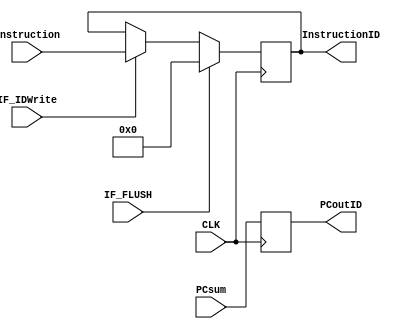
`timescale 1ns / 1ps
//////////////////////////////////////////////////////////////////////////////////
// Company: 
// 
// Design Name: 
// Module Name:     IF/ID Register
// Project Name: 

// Revision: 
// Revision 0.01 - File Created
// Additional Comments: 
//////////////////////////////////////IF_ID REGISTER//////////////////////////////////////////////
module MIPS_IF_ID(
	input   CLK,			//INPUT CLOCK
	input 	[31:0] PCsum,		//PC + 4 INPUT from Adder
	input 	[31:0] Instruction,	//Instruction from Instruction Memory
	input 	IF_FLUSH,		//Instruction FLush signal
	input 	IF_IDWrite,		// IF/ID Write Signal
	output	reg [31:0] PCoutID,	//PC+4 OUT
	output	reg [31:0] InstructionID	//Instruction OUT
);
	//At ClockEdge Write the contents to IF/ID Register
	always @(posedge CLK)
	begin 
		if(IF_FLUSH ==1'b1)		//If IF_FLUSH == 1 then flush the instruction by making Instruction Out = 0 
		begin
			PCoutID <= PCsum;
			InstructionID <=32'b0;
		end		
		
		//Writing into IF/ID Register is done only when IF/ID Write is 1 else stall insert a bubble
		else if(IF_IDWrite ==1'b0)
		begin
			PCoutID <= PCsum;
			InstructionID <= InstructionID;
		end
		
		//Writing PCoutID and InstrcutionID if PCWrite != 0
		else begin
			PCoutID <= PCsum;
			InstructionID <=Instruction;
		end
	end

	
endmodule